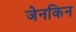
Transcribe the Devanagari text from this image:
जेनकिन